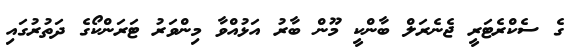
ގެ ސެކްރެޓަރީ ޖެނެރަލް ބާންކީ މޫން ބާރު އަޅުއްވާ މިންވަރު ޓަރަންކޯގެ ދަތުރުގައި